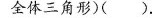
全体三角形)().